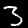
Digit: 3